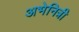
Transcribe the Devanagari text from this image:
अभेनित्री